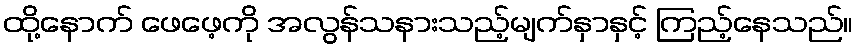
ထို့နောက် ဖေဖေ့ကို အလွန်သနားသည့်မျက်နှာနှင့် ကြည့်နေသည်။